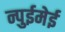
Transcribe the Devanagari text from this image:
न्पुईमेई